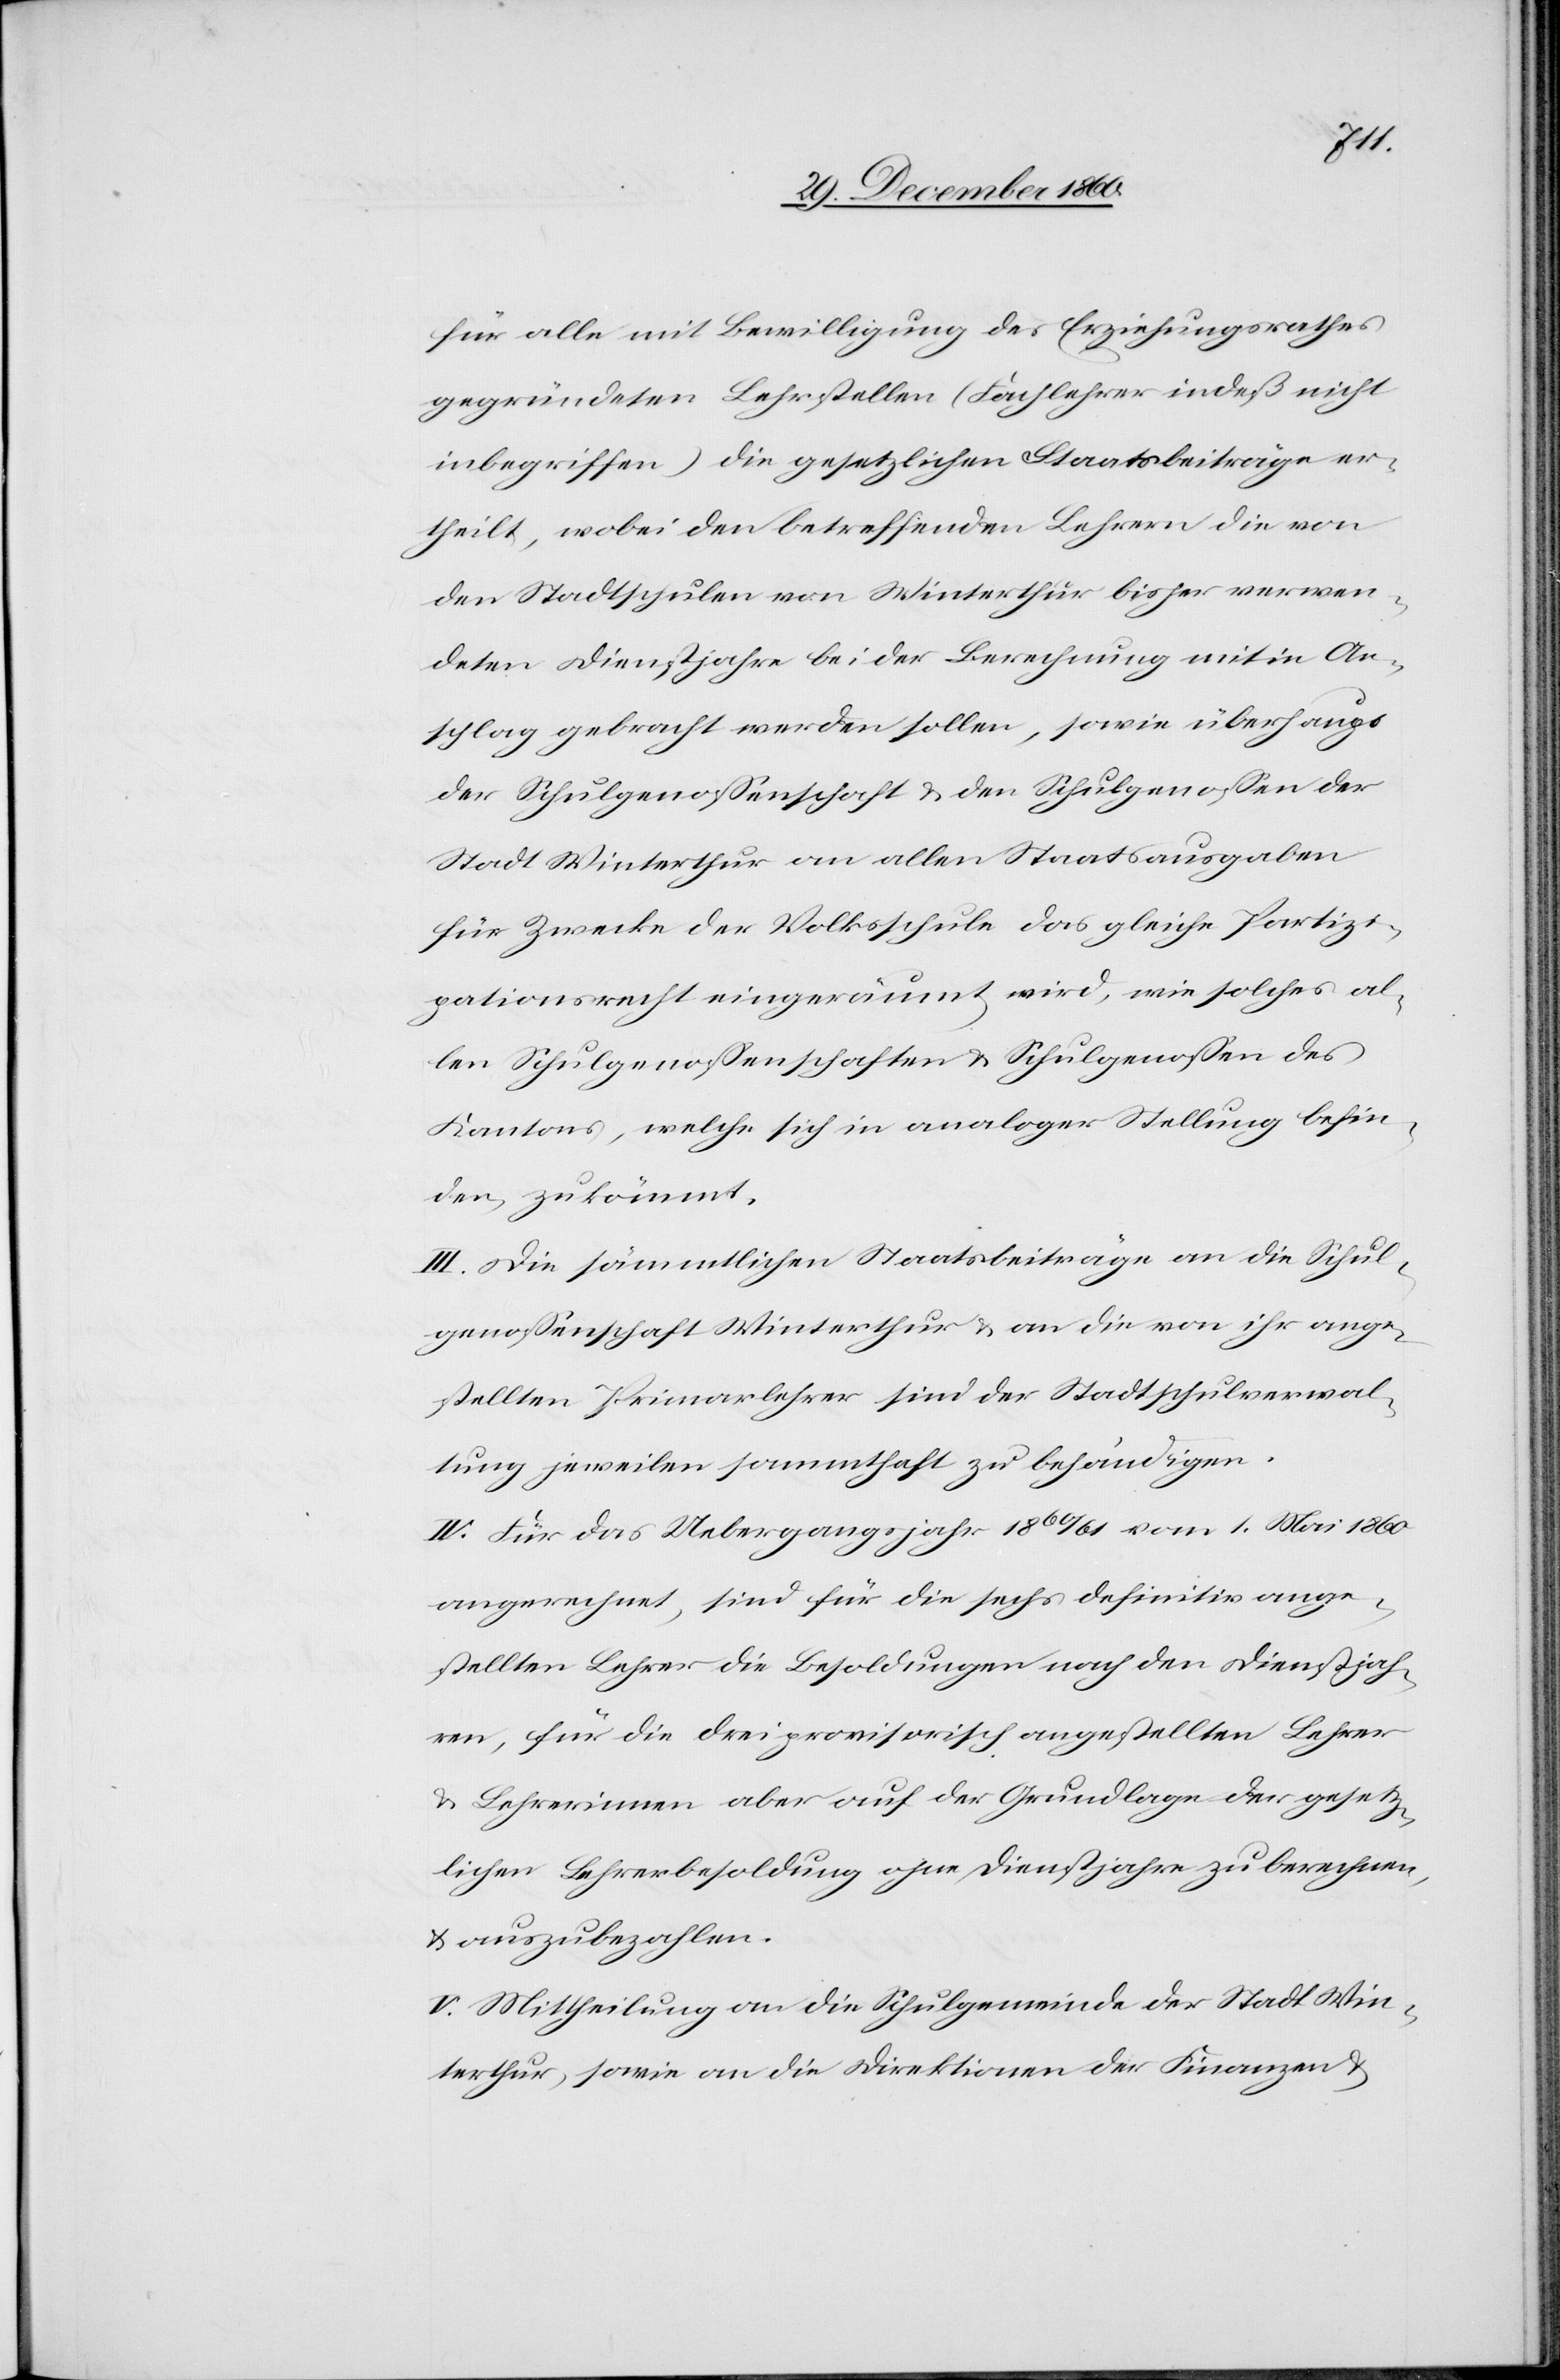
für alle mit Bewilligung des Erziehungsrathes
gegründeten Lehrstellen (Fachlehrer indeß nicht
inbegriffen) die gesetzlichen Staatsbeiträge er¬
theilt, wobei den betreffenden Lehrern die von
den Stadtschulen von Winterthur bisher verwen¬
deten Dienstjahre bei der Berechnung mit in An¬
schlag gebracht werden sollen, sowie überhaupt
der Schulgenossenschaft u. den Schulgenossen der
Stadt Winterthur an allen Staatsausgaben
für Zwecke der Volksschule das gleiche Partizi¬
pationsrecht eingeräumt wird, wie solches al¬
len Schulgenossenschaften u. Schulgenossen des
Kantons, welche sich in analoger Stellung befin¬
den, zukömmt.
III. Die sämmtlichen Staatsbeiträge an die Schul¬
genossenschaft Winterthur u. an die von ihr ange¬
stellten Primarlehrer sind der Stadtschulverwal¬
tung jeweilen sammthaft zu behändigen.
IV. Für das Uebergangsjahr 1860/61 vom 1. Mai 1860
angerechnet, sind für die sechs definitiv ange¬
stellten Lehrer die Besoldungen nach den Dienstjah¬
ren, für die drei provisorisch angestellten Lehrer
u. Lehrerinnen aber auf der Grundlage der gesetz¬
lichen Lehrerbesoldung ohne Dienstjahre zu berechnen,
u. auszubezahlen.
V. Mittheilung an die Schulgemeinde der Stadt Win¬
terthur, sowie an die Direktionen der Finanzen u.